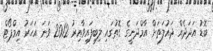
ބޮޑު އަދަދެއް ދައުލަތަށް އާމްދަނީގެ ގޮތުގައި ލިބިފައިވާއިރު 2012 ވަނަ އަހަރު އިމްޕޯޓް